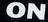
ON